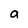
Character: a